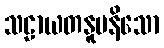
သဠာယတနူပနိသော